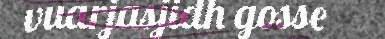
vuarjasjidh gosse